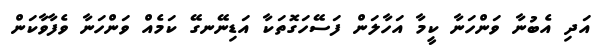
އަދި އެބުނާ ވަންހަނާ ކީމާ އަހާލަން ފަސޭހަގޮތަކާ އަޑިނޭނގޭ ކަމެއް ވަންހަނާ ވެފާވާކަން